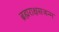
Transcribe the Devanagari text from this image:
ब्रह्मराक्षसजन्म